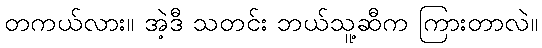
တကယ်လား။ အဲ့ဒီ သတင်း ဘယ်သူ့ဆီက ကြားတာလဲ။